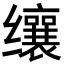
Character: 𬙋